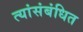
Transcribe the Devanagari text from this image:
त्यांसंबंधित